Scientific memoirs by medical officers of the Army of India - Part XII,
Year: 1901
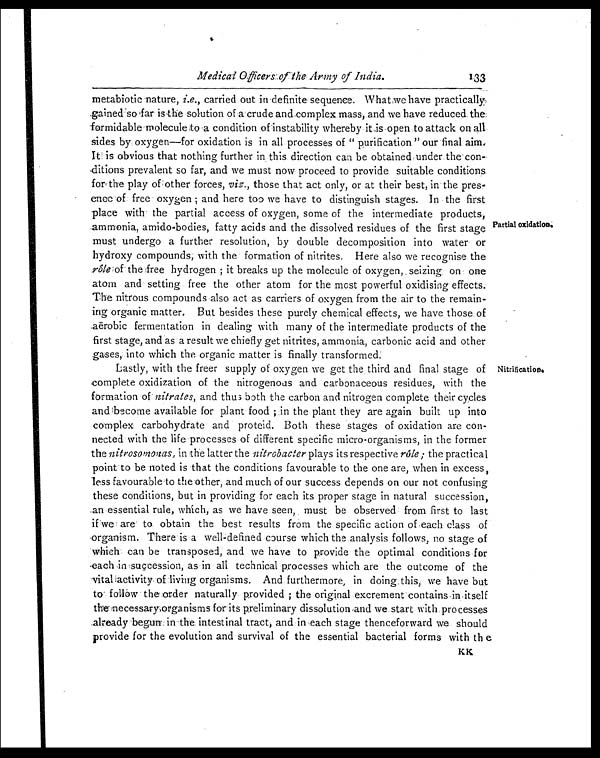
Medical Officers of the Army of India.
metabiotic nature, i.e., carried out in definite sequence What we have practically
gained so far is the solution of a crude and complex mass, and we have reduced the
formidable molecule to a condition of instability whereby it is open to attack on all
sides by oxygen—for oxidation is in all processes of "purification" our final aim.
It is obvious that nothing further in this direction can be obtained under the con
-ditions prevalent so far, and we must now proceed to provide suitable conditions
for the play of other forces, viz., those that act only, or at their best, in the pres
-ence of free oxygen; and here too we have to distinguish stages. In the first
place with the partial access of oxygen, some of the intermediate products,
ammonia, amido-bodies, fatty acids and the dissolved residues of the first stage
must undergo a further resolution, by double decomposition into water
or hydroxy compounds, with the formation of nitrites. Here also we recognise the
rôle
of the free hydrogen; it breaks up the molecule of oxygen, seizing on on
o n e a t o m a n d s e t t i n g f r e e t h e o t h e r a t o m f o r t h e m o s t p o w e r f u l o x i d i s i n g e f f e c t s .
The nitrous compounds also act as carriers of oxygen from the air to the remain
-ing organic matter. But besides these purely chemical effects, we have those o
f aerobic fermentation in dealing with many of the intermediate products of the
first stage, and as a result we chiefly get nitrites, ammonia, carbonic acid and other
gases, into which the organic matter is finally transformed.
133
Partial oxidation.
Lastly, with the freer supply of oxygen we get the third and final stage of
complete oxidization of the nitrogenous and carbonaceous residues, with the
formation of nitrates, and thus both the carbon and nitrogen complete their cycles
and become available for plant food; in the plant they are again built up into
complex carbohydrate and proteid. Both these stages of oxidation are con--
nected with the life processes of different specific micro-organisms, in the former
the nitrosomonas , in the latter the ni t r obact erp l a y s i t s r e s p e c t i v e
r ô l e ;
t h e p r a c t i c a l
point to be noted is that the conditions favourable to the one are, when in excess,
less favourable to the other, and much of our success depends on our not confusing
these conditions, but in providing for each its proper stage in natural succession,
an essential rule, which, as we have seen, must be observed from first to last
if we are to obtain the best results from the specific action of each class of
organism. There is a well-defined course which the analysis follows, no stage of
which can be transposed, and we have to provide the optimal conditions for
each in succession, as in all technical processes which are the outcome of the
vital activity of living organisms. And furthermore, in doing this, we have but
to follow the order naturally provided; the original excrement contains in itself
the necessary organisms for its preliminary dissolution and we start with processes
already begun in the intestinal tract, and in each stage thenceforward we should
provide for the evolution and survival of the essential bacterial forms with the
Nitrification.
k k